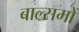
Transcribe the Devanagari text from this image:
बाल्समों